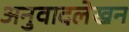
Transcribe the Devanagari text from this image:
अनुवादलेखन